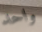
واحد